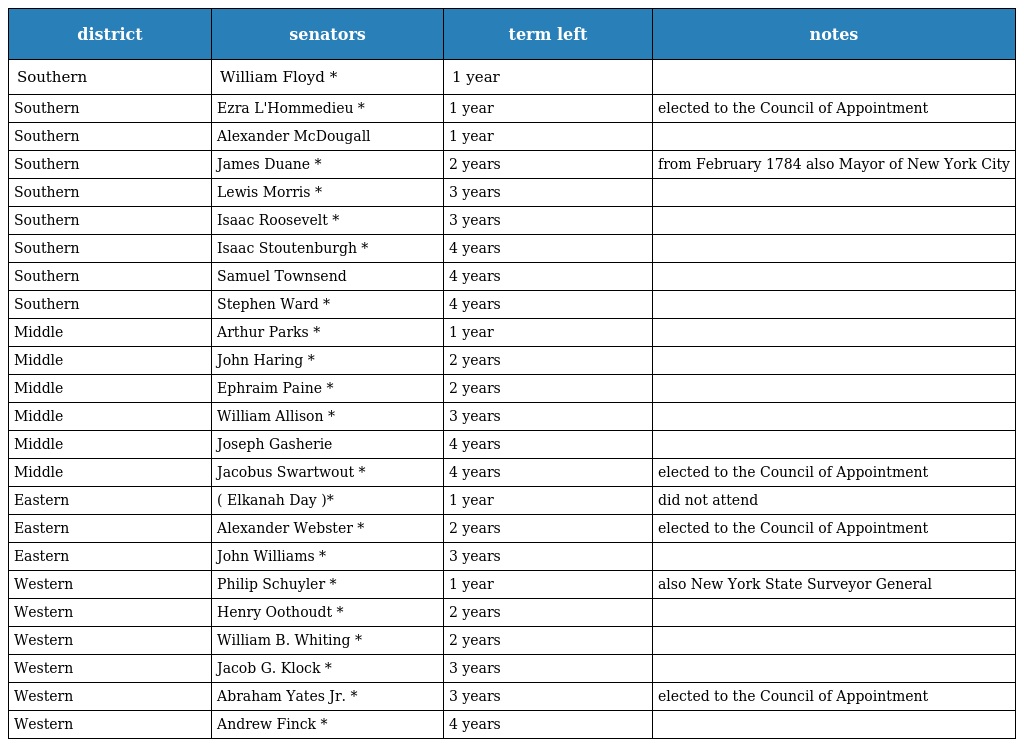
| district | senators | term left | notes |
 | --- | --- | --- | --- |
 | Southern | William Floyd * | 1 year |  |
 | Southern | Ezra L'Hommedieu * | 1 year | elected to the Council of Appointment |
 | Southern | Alexander McDougall | 1 year |  |
 | Southern | James Duane * | 2 years | from February 1784 also Mayor of New York City |
 | Southern | Lewis Morris * | 3 years |  |
 | Southern | Isaac Roosevelt * | 3 years |  |
 | Southern | Isaac Stoutenburgh * | 4 years |  |
 | Southern | Samuel Townsend | 4 years |  |
 | Southern | Stephen Ward * | 4 years |  |
 | Middle | Arthur Parks * | 1 year |  |
 | Middle | John Haring * | 2 years |  |
 | Middle | Ephraim Paine * | 2 years |  |
 | Middle | William Allison * | 3 years |  |
 | Middle | Joseph Gasherie | 4 years |  |
 | Middle | Jacobus Swartwout * | 4 years | elected to the Council of Appointment |
 | Eastern | ( Elkanah Day )* | 1 year | did not attend |
 | Eastern | Alexander Webster * | 2 years | elected to the Council of Appointment |
 | Eastern | John Williams * | 3 years |  |
 | Western | Philip Schuyler * | 1 year | also New York State Surveyor General |
 | Western | Henry Oothoudt * | 2 years |  |
 | Western | William B. Whiting * | 2 years |  |
 | Western | Jacob G. Klock * | 3 years |  |
 | Western | Abraham Yates Jr. * | 3 years | elected to the Council of Appointment |
 | Western | Andrew Finck * | 4 years |  |